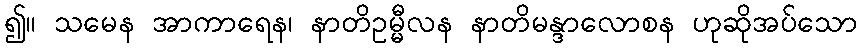
၍။ သမေန အာကာရေန၊ နာတိဥမ္မီလန နာတိမန္ဒာလောစန ဟုဆိုအပ်သော